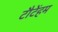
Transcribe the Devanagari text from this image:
टौटेंहम